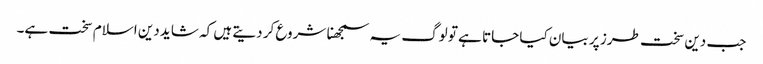
جب دین سخت طرز پر بیان کیا جاتا ہے تو لوگ یہ سمجھنا شروع کر دیتے ہیں کہ شاید دین اسلام سخت ہے۔